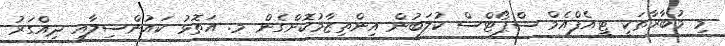
މި މުބާރާތަކީ ޓީއެފްއެމް ސްޕޯޓްސް ކުލަބުން އިންތިޒާމުކޮށްގެން މ. އަތޮޅު ކައުންސިލާއި ދިއްގަރު